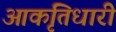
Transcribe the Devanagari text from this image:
आकृतिधारी